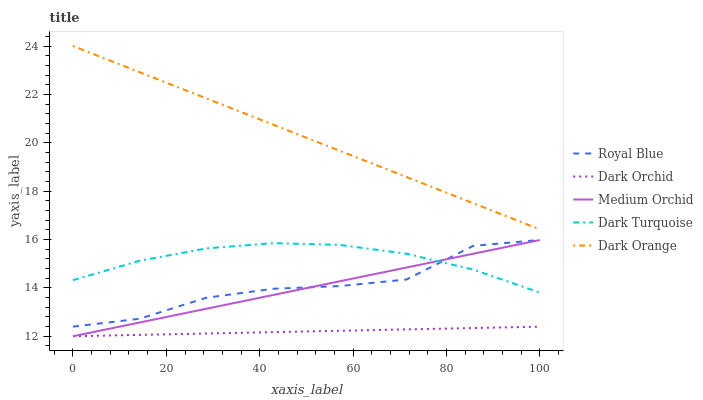
| xaxis_label | Royal Blue | Dark Orchid | Medium Orchid | Dark Turquoise | Dark Orange |
 | --- | --- | --- | --- | --- | --- |
 | 0 | 12.4 | 12 | 12 | 14.3 | 24 |
 | 14.3 | 12.7 | 12.1 | 12.6 | 15.1 | 22.9 |
 | 28.6 | 13.6 | 12.1 | 13.1 | 15.6 | 21.8 |
 | 42.9 | 14 | 12.2 | 13.7 | 15.8 | 20.8 |
 | 57.1 | 14.1 | 12.2 | 14.3 | 15.8 | 19.7 |
 | 71.4 | 14.3 | 12.3 | 14.8 | 15.4 | 18.6 |
 | 85.7 | 15.7 | 12.3 | 15.4 | 14.8 | 17.5 |
 | 100 | 16 | 12.4 | 16 | 13.8 | 16.4 |